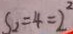
S _ { 2 } = 4 = 2 ^ { 2 }